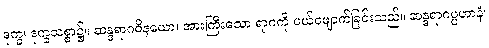
ဒုက္ခ၊ ဒုက္ခသစ္စာ၌။ ဆန္ဒရာဂဝိနယော၊ အားကြီးသော ရာဂကို ပယ်ဖျောက်ခြင်းသည်။ ဆန္ဒရာဂပ္ပဟာနံ၊